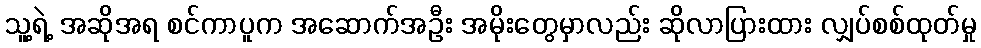
သူ့ရဲ့ အဆိုအရ စင်ကာပူက အဆောက်အဦး အမိုးတွေမှာလည်း ဆိုလာပြားထား လျှပ်စစ်ထုတ်မှု